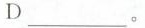
D___.